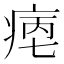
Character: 𤶮